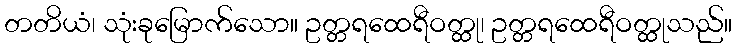
တတိယံ၊ သုံးခုမြောက်သော။ ဥတ္တရထေရီဝတ္ထု၊ ဥတ္တရထေရီဝတ္ထုသည်။